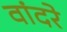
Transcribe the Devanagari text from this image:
वांदरे